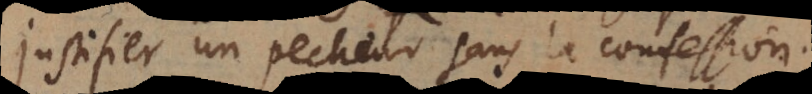
justifier un pecheur sans la confessio